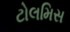
ટોલમિસ